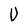
Character: U